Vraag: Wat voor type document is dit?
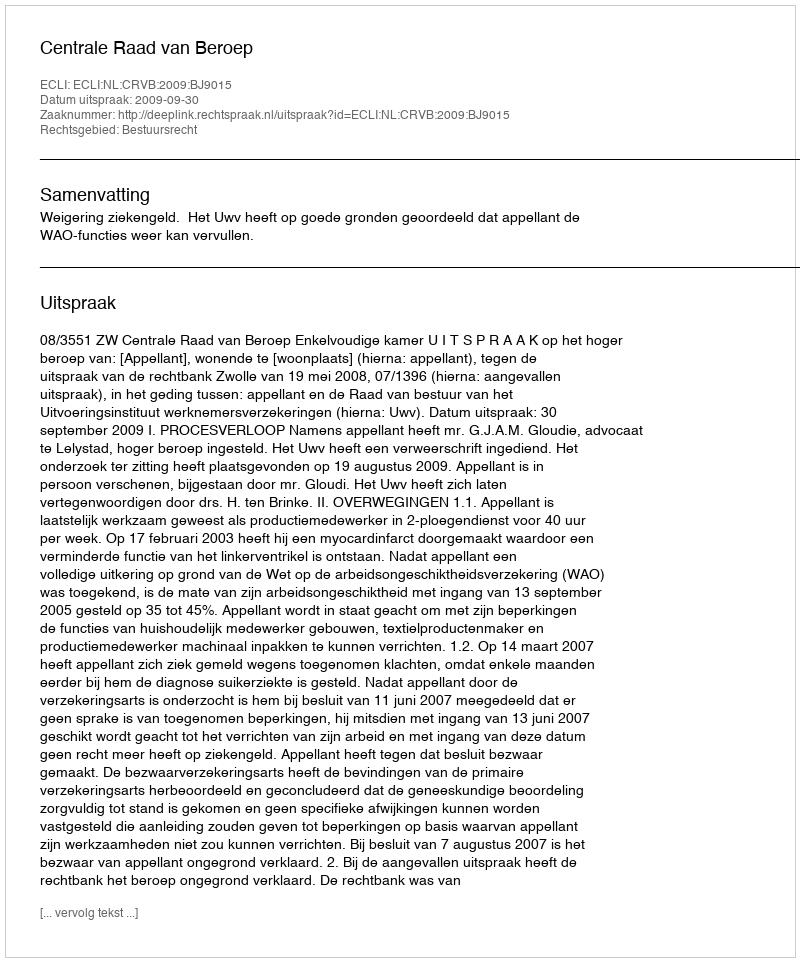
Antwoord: Uitspraak